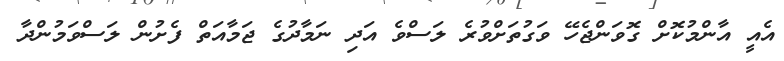
އެއީ އާންމުކޮށް ގޮވަންޖެހޭ ވަގުތަށްވުރެ ލަސްވެ އަދި ނަމާދުގެ ޖަމާއަތް ފެށުން ލަސްވަމުންދާ